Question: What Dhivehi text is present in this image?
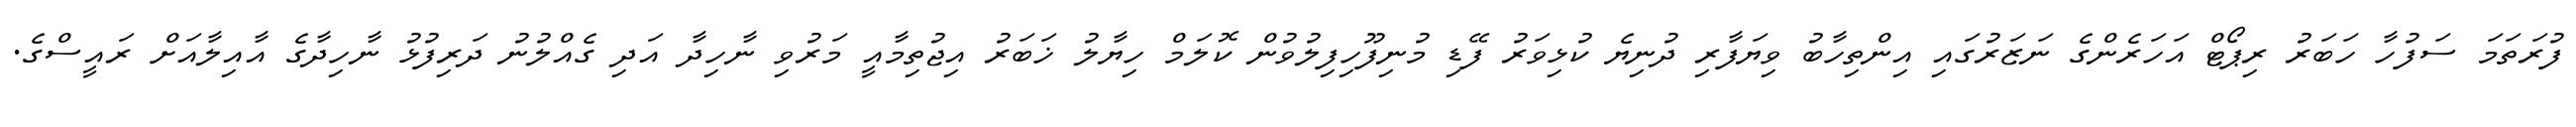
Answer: ފުރަތަމަ ސަފުހާ ހަބަރު ރިޕޯޓް އަހަރެންގެ ނަޒަރުގައި އިންތިހާބު ވިޔަފާރި ދުނިޔެ ކުޅިވަރު ފޭޑި މުނިފޫހިފިލުވުން ކޮލަމް ހިޔާލު ޚަބަރު އިޖުތިމާއީ މަރުވި ނާހިދާ އަދި ގެއްލުނު ދަރިފުޅު ނާހިދާގެ އާއިލާއަށް ރައީސްގެ.